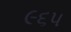
૯૬૫